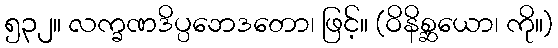
၅၃၂။ လက္ခဏဒိပ္ပဘေဒတော၊ ဖြင့်။ (ဝိနိစ္ဆယော၊ ကို။)